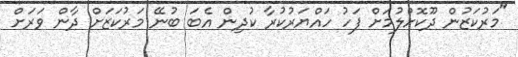
"މަރުކަޒުން ދޫކޮށްލުމަށް ފަހު ހައްޔަރުކުރާ ކުދިން އެބަ ބުނޭ މަރުކަޒަށް ދާން ވަރަށް